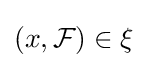
\left(x,{\mathcal {F}}\right)\in \xi